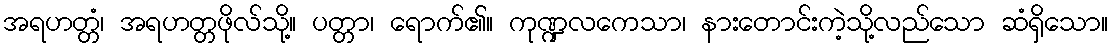
အရဟတ္တံ၊ အရဟတ္တဖိုလ်သို့။ ပတ္တာ၊ ရောက်၏။ ကုဏ္ဍလကေသာ၊ နားတောင်းကဲ့သို့လည်သော ဆံရှိသော။